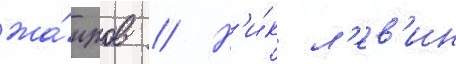
жа́нров // Н'и́к л'ев'ин